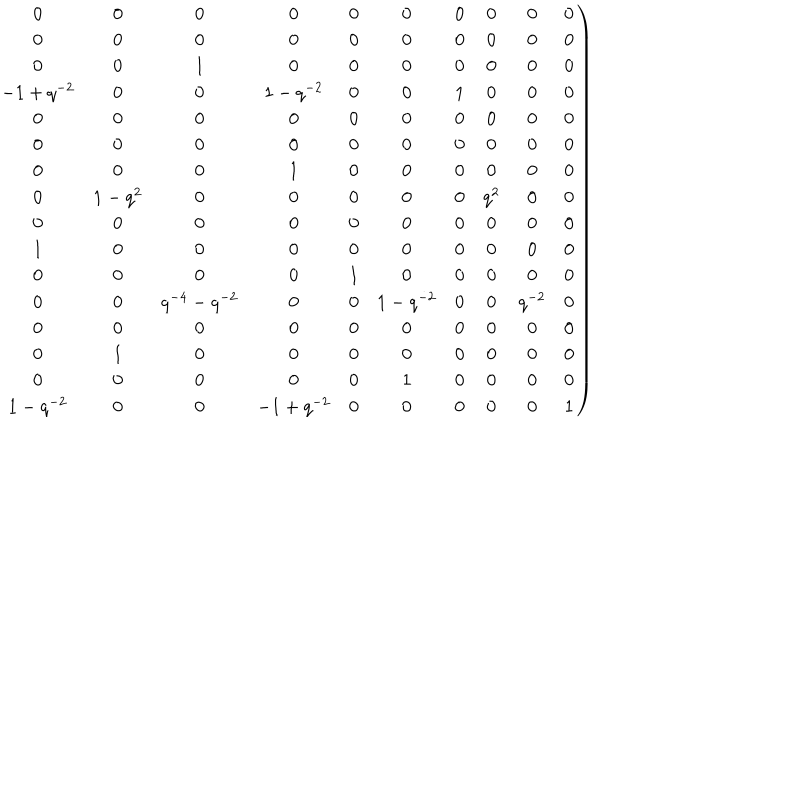
\left. \begin{matrix} { { 0 } } & { { 0 } } & { { 0 } } & { { 0 } } & { { 0 } } & { { 0 } } & { { 0 } } & { { 0 } } & { { 0 } } & { { 0 } } \\ { { 0 } } & { { 0 } } & { { 0 } } & { { 0 } } & { { 0 } } & { { 0 } } & { { 0 } } & { { 0 } } & { { 0 } } & { { 0 } } \\ { { 0 } } & { { 0 } } & { { 1 } } & { { 0 } } & { { 0 } } & { { 0 } } & { { 0 } } & { { 0 } } & { { 0 } } & { { 0 } } \\ { { - 1 + q ^ { - 2 } } } & { { 0 } } & { { 0 } } & { { 1 - { q ^ { - 2 } } } } & { { 0 } } & { { 0 } } & { { 1 } } & { { 0 } } & { { 0 } } & { { 0 } } \\ { { 0 } } & { { 0 } } & { { 0 } } & { { 0 } } & { { 0 } } & { { 0 } } & { { 0 } } & { { 0 } } & { { 0 } } & { { 0 } } \\ { { 0 } } & { { 0 } } & { { 0 } } & { { 0 } } & { { 0 } } & { { 0 } } & { { 0 } } & { { 0 } } & { { 0 } } & { { 0 } } \\ { { 0 } } & { { 0 } } & { { 0 } } & { { 1 } } & { { 0 } } & { { 0 } } & { { 0 } } & { { 0 } } & { { 0 } } & { { 0 } } \\ { { 0 } } & { { 1 - q ^ { 2 } } } & { { 0 } } & { { 0 } } & { { 0 } } & { { 0 } } & { { 0 } } & { { { q ^ { 2 } } } } & { { 0 } } & { { 0 } } \\ { { 0 } } & { { 0 } } & { { 0 } } & { { 0 } } & { { 0 } } & { { 0 } } & { { 0 } } & { { 0 } } & { { 0 } } & { { 0 } } \\ { { 1 } } & { { 0 } } & { { 0 } } & { { 0 } } & { { 0 } } & { { 0 } } & { { 0 } } & { { 0 } } & { { 0 } } & { { 0 } } \\ { { 0 } } & { { 0 } } & { { 0 } } & { { 0 } } & { { 1 } } & { { 0 } } & { { 0 } } & { { 0 } } & { { 0 } } & { { 0 } } \\ { { 0 } } & { { 0 } } & { { { q ^ { - 4 } } - { q ^ { - 2 } } } } & { { 0 } } & { { 0 } } & { { 1 - { q ^ { - 2 } } } } & { { 0 } } & { { 0 } } & { { { q ^ { - 2 } } } } & { { 0 } } \\ { { 0 } } & { { 0 } } & { { 0 } } & { { 0 } } & { { 0 } } & { { 0 } } & { { 0 } } & { { 0 } } & { { 0 } } & { { 0 } } \\ { { 0 } } & { { 1 } } & { { 0 } } & { { 0 } } & { { 0 } } & { { 0 } } & { { 0 } } & { { 0 } } & { { 0 } } & { { 0 } } \\ { { 0 } } & { { 0 } } & { { 0 } } & { { 0 } } & { { 0 } } & { { 1 } } & { { 0 } } & { { 0 } } & { { 0 } } & { { 0 } } \\ { { 1 - q ^ { - 2 } } } & { { 0 } } & { { 0 } } & { { - 1 + { q ^ { - 2 } } } } & { { 0 } } & { { 0 } } & { { 0 } } & { { 0 } } & { { 0 } } & { { 1 } } \\ \end{matrix} \right)